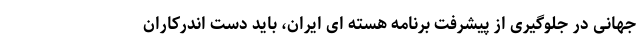
جهانی در جلوگیری از پیشرفت برنامه هسته ای ایران، باید دست اندرکاران